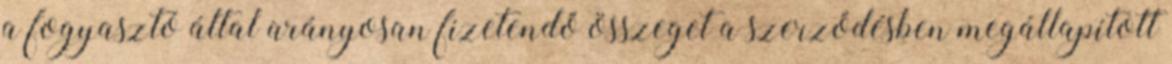
a fogyasztó által arányosan fizetendő összeget a szerződésben megállapított